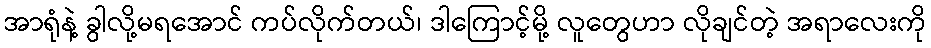
အာရုံနဲ့ ခွါလို့မရအောင် ကပ်လိုက်တယ်၊ ဒါကြောင့်မို့ လူတွေဟာ လိုချင်တဲ့ အရာလေးကို